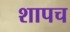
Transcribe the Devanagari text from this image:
शापच